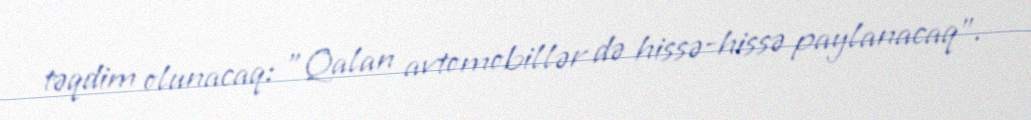
təqdim olunacaq: "Qalan avtomobillər də hissə-hissə paylanacaq".